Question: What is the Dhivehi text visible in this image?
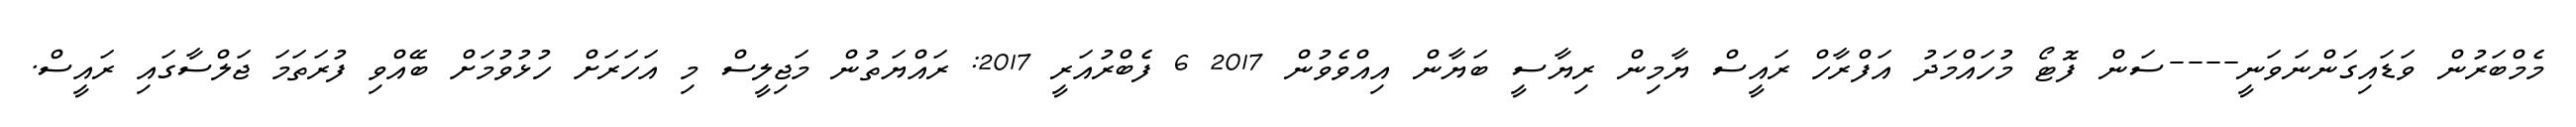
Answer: މެމްބަރުން ވަޑައިގަންނަވަނީ----ސަން ފޮޓޯ މުހައްމަދު އަފްރާހް ރައީސް ޔާމިން ރިޔާސީ ބަޔާން އިއްވެވުން 2017 6 ފެބްރުއަރީ 2017: ރައްޔަތުން މަޖިލީސް މި އަހަރަށް ހުޅުވުމަށް ބޭއްވި ފުރަތަމަ ޖަލްސާގައި ރައީސް.